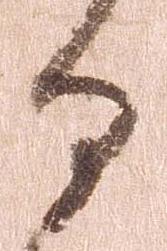
る